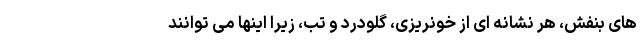
های بنفش، هر نشانه ای از خونریزی، گلودرد و تب، زیرا اینها می توانند